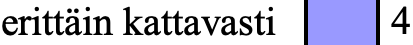
erittäin kattavasti 4